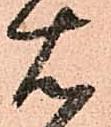
右